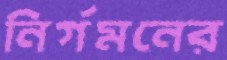
নির্গমনের